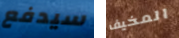
سيدفع المخيف